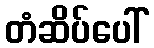
တံဆိပ်ပေါ်